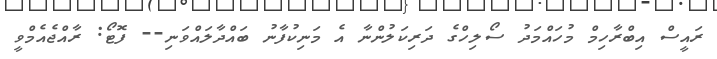
ރައީސް އިބްރާހިމް މުހައްމަދު ސޯލިހްގެ ދަރިކަލުންނާ އެ މަނިކުފާނު ބައްދާލައްވަނި-- ފޮޓޯ: ރާއްޖެއެމްވީ